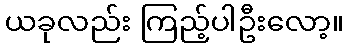
ယခုလည်း ကြည့်ပါဦးလော့။